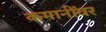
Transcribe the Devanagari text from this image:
कमानींवर